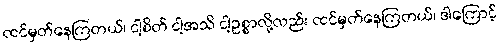
ထင်မှတ်နေကြတယ်၊ ငါ့စိတ် ငါ့အသိ ငါ့ဥစ္စာလို့လည်း ထင်မှတ်နေကြတယ်၊ ဒါကြောင့်